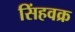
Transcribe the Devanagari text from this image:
सिंहवक्र